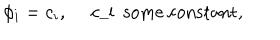
LaTeX: \phi _ { i } = c _ { i } , \quad \mathrm { ~ c _ { i } ~ s o m e ~ c o n s t a n t } ,